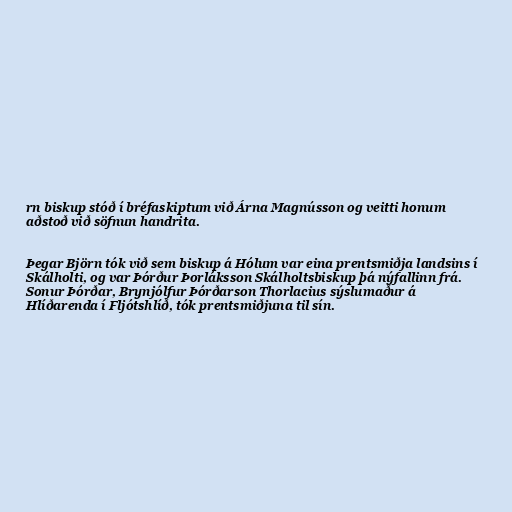
rn biskup stóð í bréfaskiptum við Árna Magnússon og veitti honum
aðstoð við söfnun handrita.

Þegar Björn tók við sem biskup á Hólum var eina prentsmiðja landsins í
Skálholti, og var Þórður Þorláksson Skálholtsbiskup þá nýfallinn frá.
Sonur Þórðar, Brynjólfur Þórðarson Thorlacius sýslumaður á
Hlíðarenda í Fljótshlíð, tók prentsmiðjuna til sín.